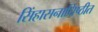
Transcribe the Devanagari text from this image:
सिंहासनाधिष्ठीत